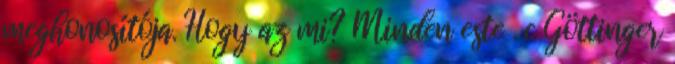
meghonosítója. Hogy az mi? Minden este . c Göttinger